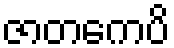
ဇာတကေပိ